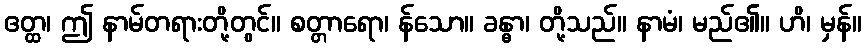
ဧတ္ထ၊ ဤ နာမ်တရားတို့တွင်။ စတ္တာရော၊ န်သော။ ခန္ဓာ၊ တို့သည်။ နာမံ၊ မည်၏။ ဟိ၊ မှန်။